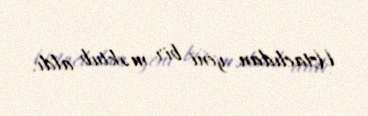
Ustaclıdan yeni bir məktub aldı.